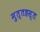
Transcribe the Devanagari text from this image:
मुत्तहस्त